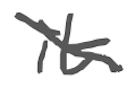
Text: it
Cross-out: diagonal
Writing tool: digital_gray